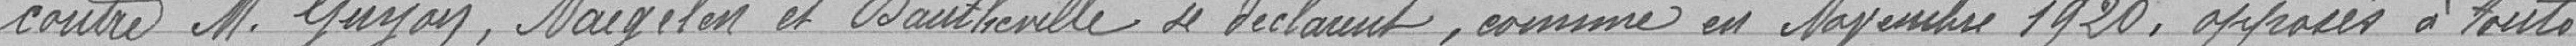
contre MM. Guyon, Naegelen et Dautheville se déclarent, comme en novembre 1920, opposés à toute